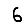
Digit: 6